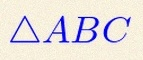
\triangle ABC